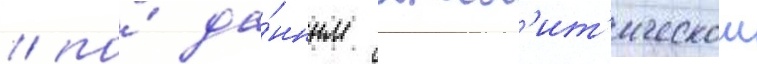
/ по́ да́нным анал'ит'ическои